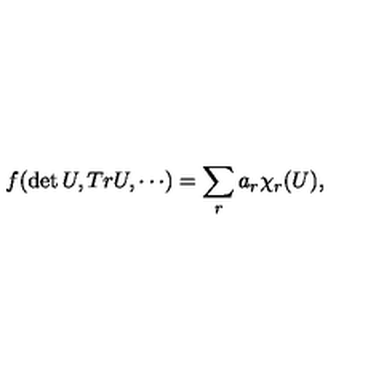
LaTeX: f ( \det U , T r U , \cdots ) = \sum _ { r } a _ { r } \chi _ { r } ( U ) ,